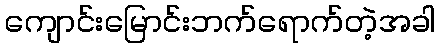
ကျောင်းမြောင်းဘက်ရောက်တဲ့အခါ